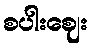
စပါးဈေး